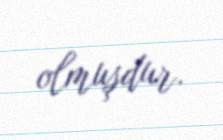
olmuşdur.